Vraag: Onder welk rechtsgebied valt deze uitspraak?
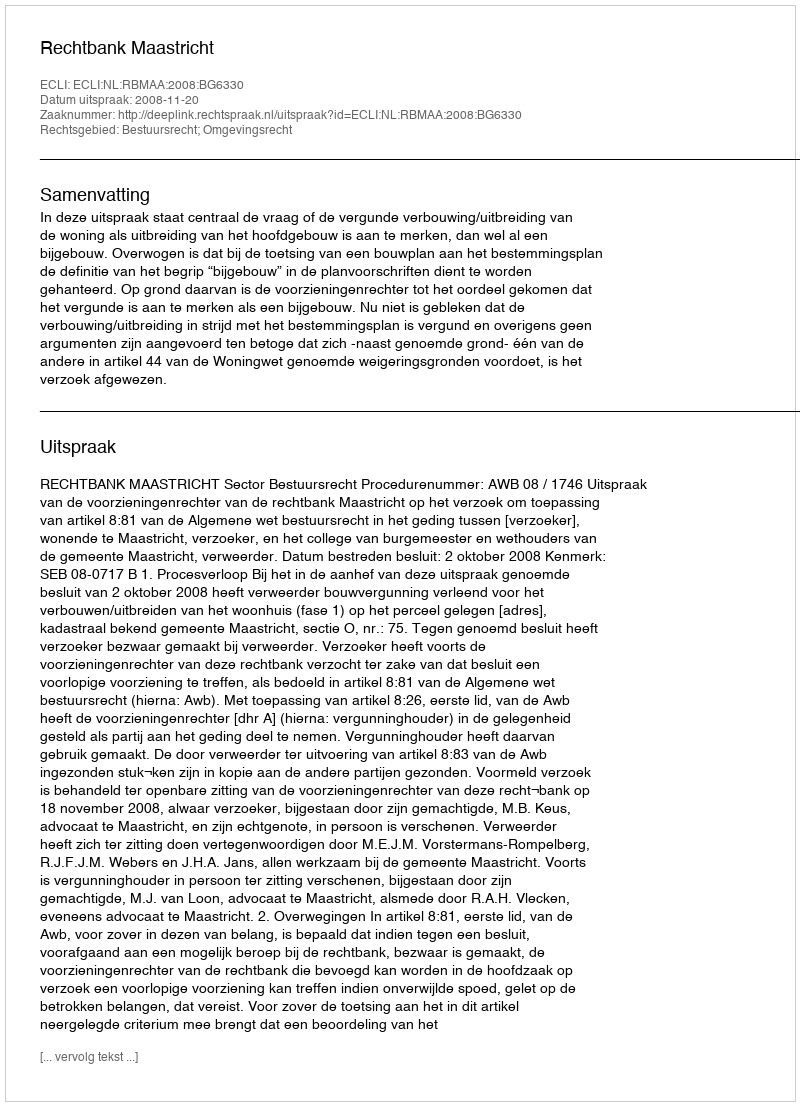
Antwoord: Bestuursrecht; Omgevingsrecht